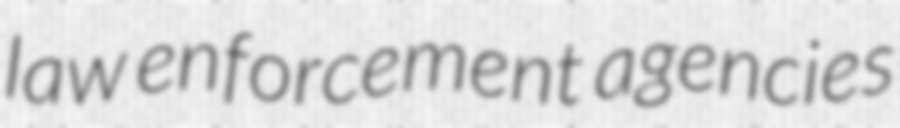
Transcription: law enforcement agencies